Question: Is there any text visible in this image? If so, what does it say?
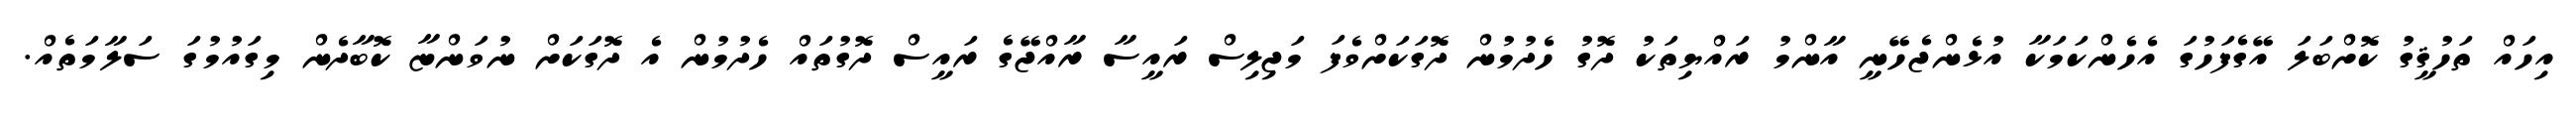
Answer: އިހައް ތަހުޤީގު ކޮށްބަލަ އޭގެފަހުގަ އެހެންކަމަކާ އުޅެންޖެހޭނީ އާންމު ރައްޔިތަކު ދޮގު ހެދުމުން ދޮގަކަށްވެފަ މަޖިލިސް ރައީސާ ރާއްޖޭގެ ރައީސް ދޮގުތައް ހެދުމުން އެ ދޮގަކަށް ނުވަންޏާ ކޮބާދެން މިގައުމުގަ ސަލާމަތެއް.